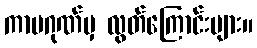
ကာမဂုဏ်မှ လွတ်ကြောင်းများ။